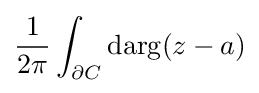
{\frac {1}{2\pi }}\int _{\partial C}\mathrm {d} \mathrm {arg} (z-a)